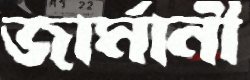
জার্মানী